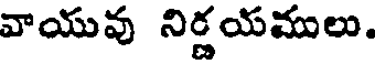
వాయువ నిర్ణయములు.